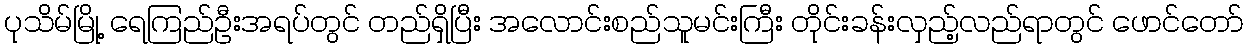
ပုသိမ်မြို့ ရေကြည်ဦးအရပ်တွင် တည်ရှိပြီး အလောင်းစည်သူမင်းကြီး တိုင်းခန်းလှည့်လည်ရာတွင် ဖောင်တော်